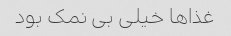
غذاها خیلى بی نمک بود